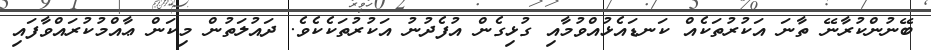
ބޭނުންކުރާނޭ ތާނަ އަކުރުތަކެއް ކަނޑައެޅުއްވުމާއި ގުޅިގެން އުފެދުނު އަކުރުތަކެކެވެ. ދައުލަތުން މިކަން ޢާއްމުކުރައްވާފައި